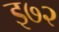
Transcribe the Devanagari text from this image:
इ७२